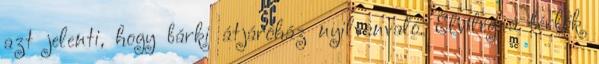
azt jelenti, hogy bárki átjáróház nyilvánvaló. Elvileg a bérlők